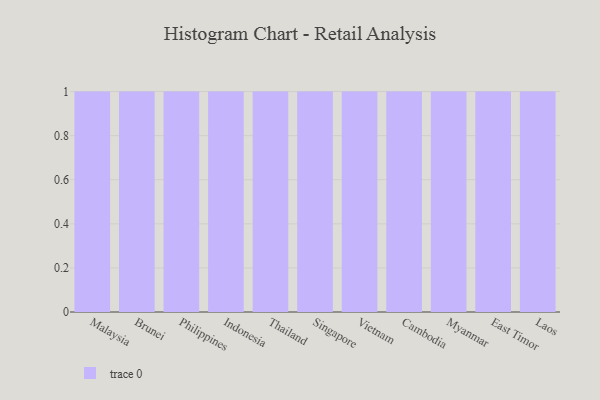
{"axis": {"x": "Country", "y": "Budget (USD K)"}, "legend": [""], "data": [{"x": "Malaysia", "y": 13, "type": ""}, {"x": "Brunei", "y": 59, "type": ""}, {"x": "Philippines", "y": 86, "type": ""}, {"x": "Indonesia", "y": 9, "type": ""}, {"x": "Thailand", "y": 57, "type": ""}, {"x": "Singapore", "y": 16, "type": ""}, {"x": "Vietnam", "y": 81, "type": ""}, {"x": "Cambodia", "y": 72, "type": ""}, {"x": "Myanmar", "y": 84, "type": ""}, {"x": "East Timor", "y": 84, "type": ""}, {"x": "Laos", "y": 35, "type": ""}]}